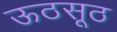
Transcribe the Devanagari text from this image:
ऊठसूठ